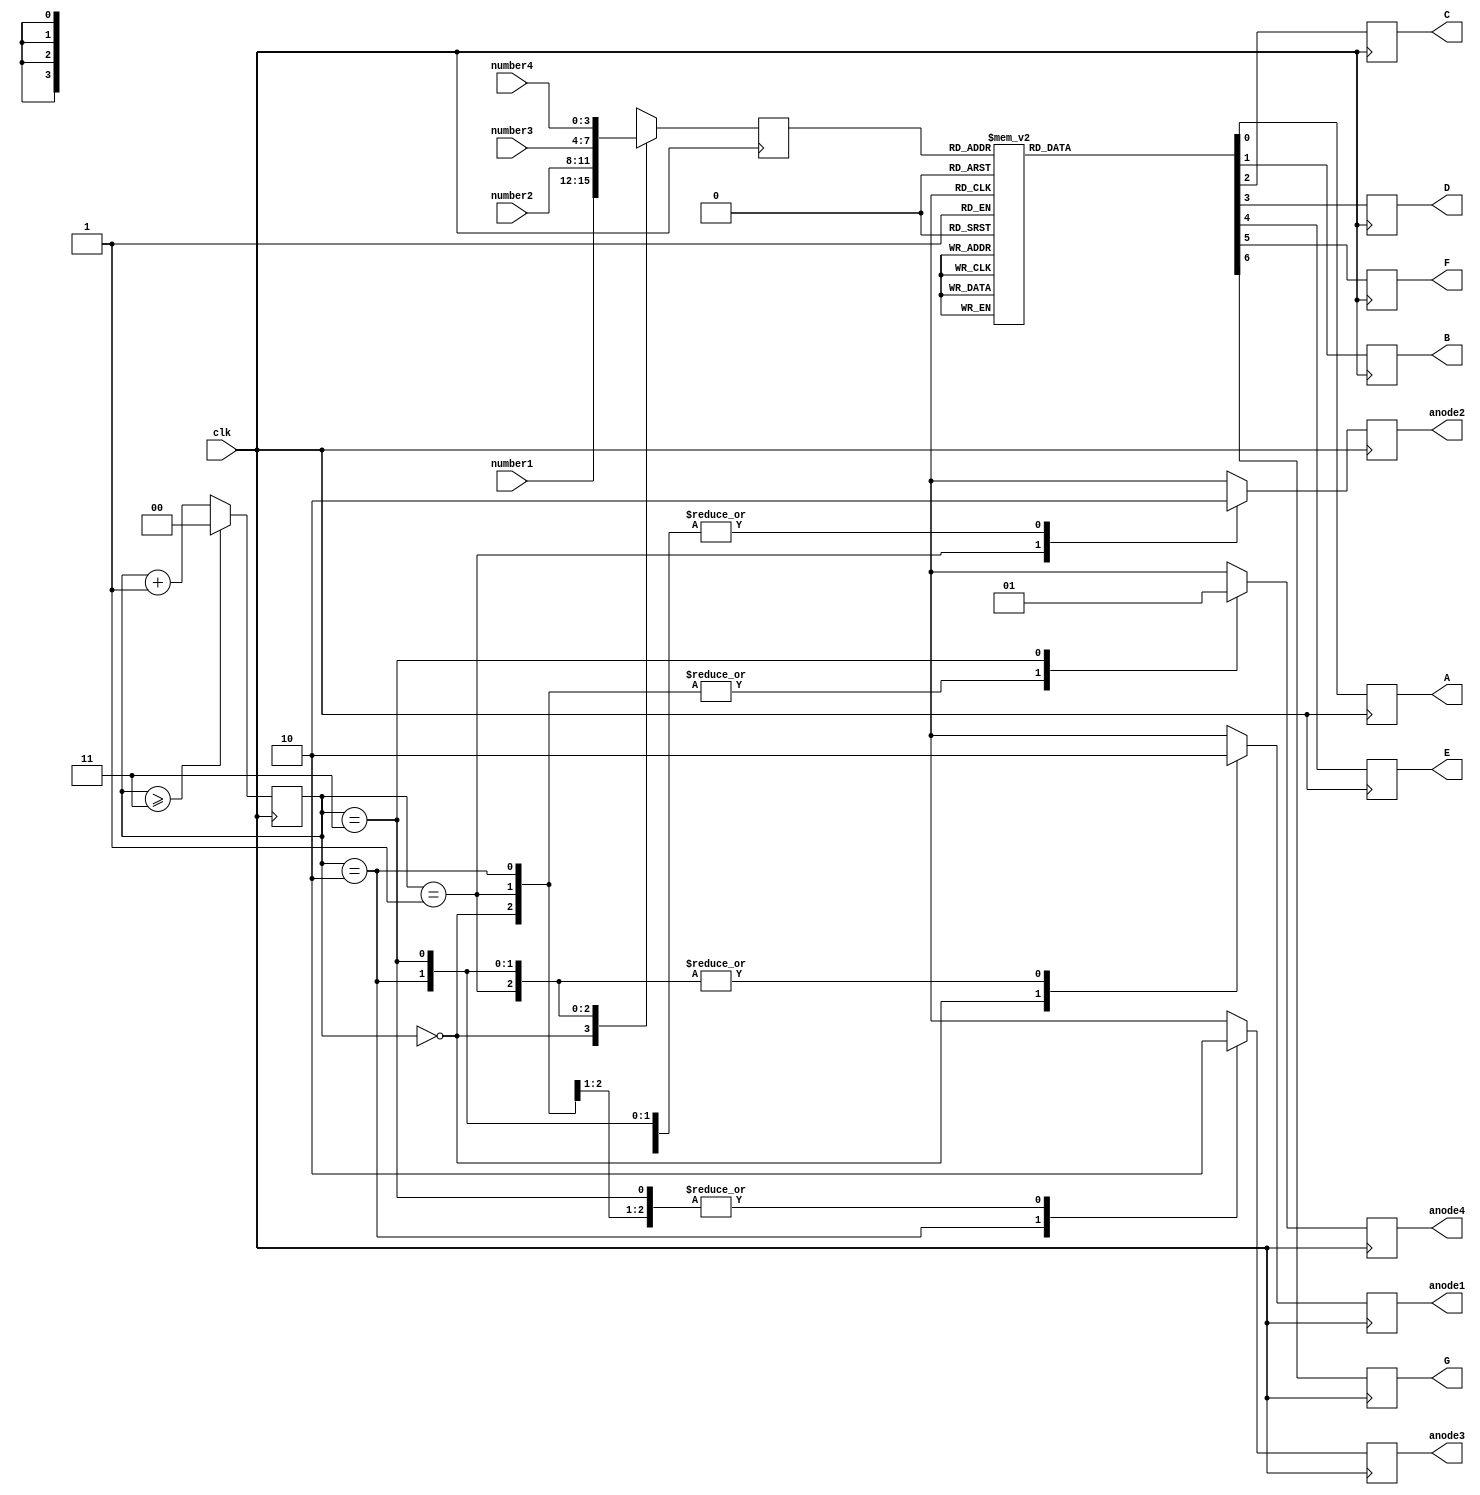
module diplayControler(
	input clk,
	input [0:3] number1,number2,number3,number4,
	output reg anode1,anode2,anode3,anode4,
	output reg A,B,C,D,E,F,G
);

	reg[0:1] i = 0;
	
	reg [0:3] number = 0;
	
	always@(posedge clk) begin
		i <= i + 1;
		
		if(i >=  3) begin
			i <= 0;
		end

		case(i)
			0: begin
				number <= number1;
				anode1 <= 1;
				anode2 <= 0;
				anode3 <= 0;
				anode4 <= 0;
			end
			1: begin
				number <= number2;
				anode1 <= 0;
				anode2 <= 1;
				anode3 <= 0;
				anode4 <= 0;
			end
			2: begin
				number <= number3;
				anode1 <= 0;
				anode2 <= 0;
				anode3 <= 1;
				anode4 <= 0;
			end
			3: begin
				number <= number4;
				anode1 <= 0;
				anode2 <= 0;
				anode3 <= 0;
				anode4 <= 1;
			end
		endcase
		
		case(number)
			0: begin
				A <= 0;
				B <= 0;
				C <= 0;
				D <= 0;
				E <= 0;
				F <= 0;
				G <= 1;
			end
			1: begin
				A <= 1;
				B <= 0;
				C <= 0;
				D <= 1;
				E <= 1;
				F <= 1;
				G <= 1;
			end
			2: begin
				A <= 0;
				B <= 0;
				C <= 1;
				D <= 0;
				E <= 0;
				F <= 1;
				G <= 0;
			end
			3: begin
				A <= 0;
				B <= 0;
				C <= 0;
				D <= 0;
				E <= 1;
				F <= 1;
				G <= 0;
			end
			4: begin
				A <= 1;
				B <= 0;
				C <= 0;
				D <= 1;
				E <= 1;
				F <= 0;
				G <= 0;
			end
			5: begin
				A <= 0;
				B <= 0;
				C <= 1;
				D <= 0;
				E <= 0;
				F <= 1;
				G <= 0;
			end
			6: begin
				A <= 0;
				B <= 1;
				C <= 0;
				D <= 0;
				E <= 0;
				F <= 0;
				G <= 0;
			end
			7: begin
				A <= 1;
				B <= 1;
				C <= 1;
				D <= 0;
				E <= 0;
				F <= 0;
				G <= 0;
			end
			8: begin
				A <= 0;
				B <= 0;
				C <= 0;
				D <= 0;
				E <= 0;
				F <= 0;
				G <= 0;
			end
			9: begin
				A <= 1;
				B <= 1;
				C <= 1;
				D <= 1;
				E <= 0;
				F <= 1;
				G <= 1;
			end
			default: begin
				A <= 1;
				B <= 1;
				C <= 1;
				D <= 1;
				E <= 1;
				F <= 1;
				G <= 1;
			end
		endcase
		
	end	

endmodule